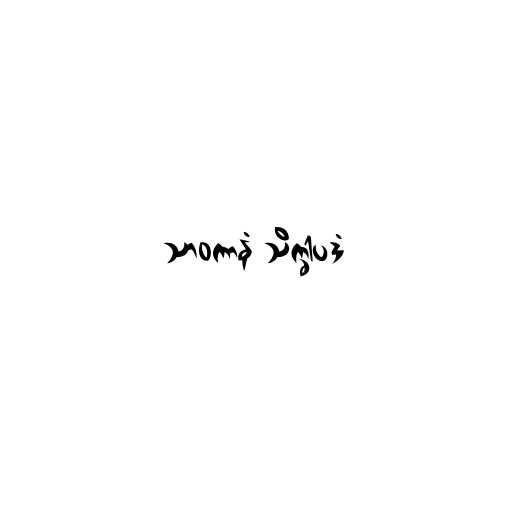
သာဝကာနံ သိက္ခါပဒံ